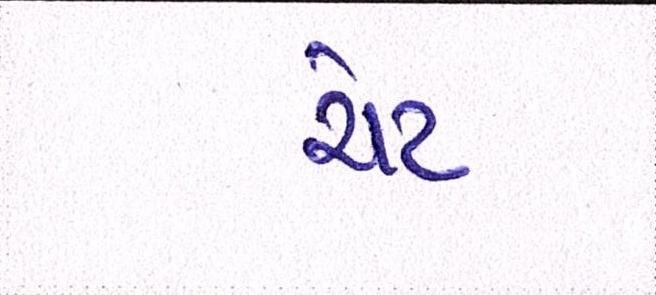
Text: ચેટ